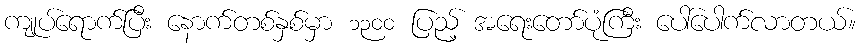
ကျုပ်ရောက်ပြီး နောက်တစ်နှစ်မှာ ၁၃၀၀ ပြည့် အရေးတော်ပုံကြီး ပေါ်ပေါက်လာတယ်။